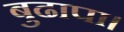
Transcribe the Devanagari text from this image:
बुढापा।